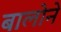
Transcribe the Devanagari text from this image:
बालोने